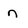
Character: n